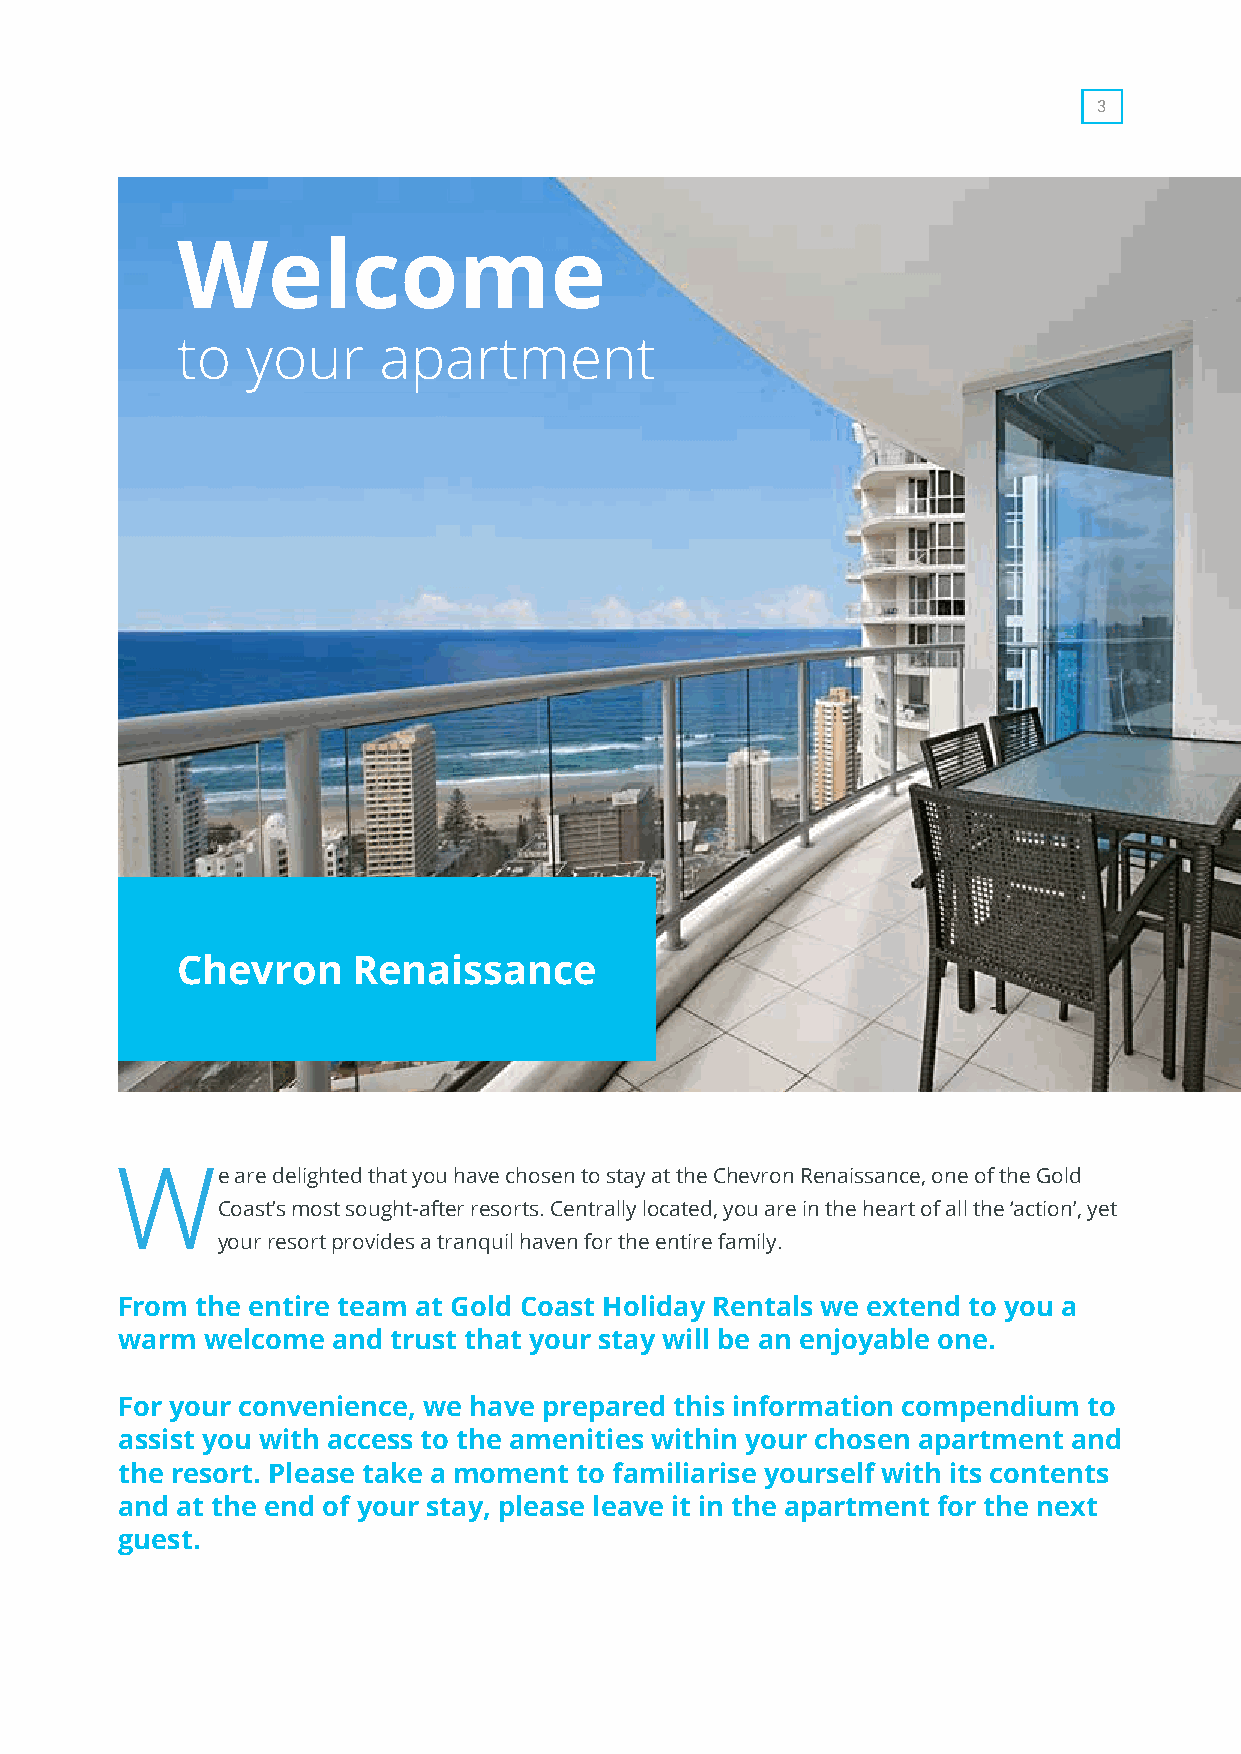
3
 Welcome
 to  your     apartment
 Chevron    Renaissance
 W     e are delighted that you have chosen to stay at the Chevron Renaissance, one of the Gold
 Coast’s most sought-after resorts. Centrally located, you are in the heart of all the ‘action’, yet
 your resort provides a tranquil haven for the entire family.
 From the entire team at Gold Coast Holiday Rentals we extend to you a
 warm welcome  and trust that your stay will be an enjoyable one.
 For your convenience, we have prepared this information compendium to
 assist you with access to the amenities within your chosen apartment and
 the resort. Please take a moment to familiarise yourself with its contents
 and at the end of your stay, please leave it in the apartment for the next
 guest.